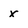
Character: x